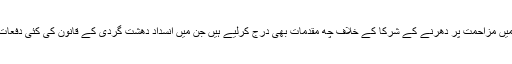
اسلام آباد پولیس نے فیض آباد دھرنے کے خلاف آپریشن میں مزاحمت پر دھرنے کے شرکا کے خلاف چھ مقدمات بھی درج کرلیے ہیں جن میں انسدادِ دھشت گردی کے قانون کی کئی دفعات سمیت دیگر سنگین نوعیت کی دفعات شامل کی گئی ہیں۔